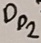
Text: Dp2